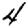
Digit: 4